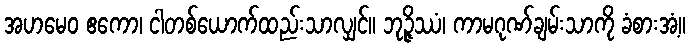
အဟမေဝ ဧကော၊ ငါတစ်ယောက်ထည်းသာလျှင်။ ဘုဉ္ဇိဿံ၊ ကာမဂုဏ်ချမ်းသာကို ခံစားအံ့။